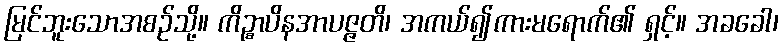
မြင်ဘူးသောအစဉ်သို့။ ကိဉ္စာပိနအာပဇ္ဇတိ၊ အကယ်၍ကားမရောက်၏ ရှင့်။ အခခေါ၊